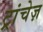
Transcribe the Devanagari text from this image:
ट्रांचेज़